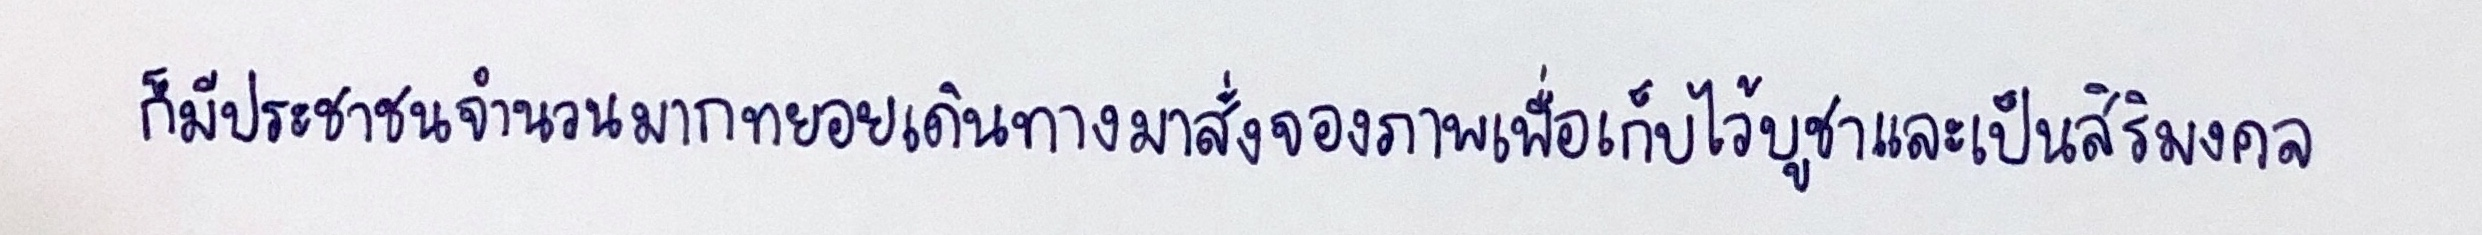
ก็มีประชาชนจำนวนมากทยอยเดินทางมาสั่งจองภาพเพื่อเก็บไว้บูชาและเป็นสิริมงคล